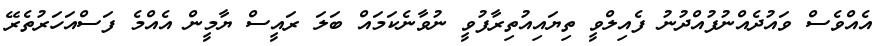
އެއްވެސް ވައުދެއްނުފުއްދުނު ފެއިލްވީ ތިޔައިއުތިރާފުވީ ނުވާނެކަމައް ބަލަ ރައީސް ޔާމީން އެއްމެ ފަސްއަހަރުތެރޭ